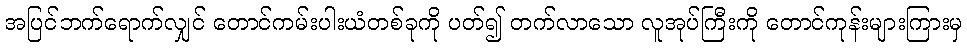
အပြင်ဘက်ရောက်လျှင် တောင်ကမ်းပါးယံတစ်ခုကို ပတ်၍ တက်လာသော လူအုပ်ကြီးကို တောင်ကုန်းများကြားမှ